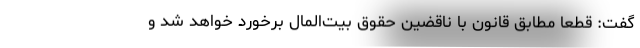
گفت: قطعاً مطابق قانون با ناقضین حقوق بیت‌المال برخورد خواهد شد و